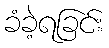
ခံခဲ့ရခြင်း